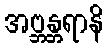
အဗ္ဘန္တရာနိ